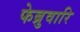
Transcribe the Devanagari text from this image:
फेब्रुवारि